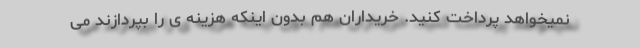
نمیخواهد پرداخت کنید. خریداران هم بدون اینکه هزینه ی را بپردازند می